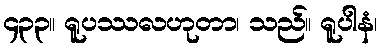
၄၃၃။ ရူပဿလဟုတာ၊ သည်။ ရူပါနံ၊